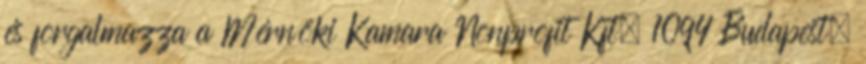
és forgalmazza a Mérnöki Kamara Nonprofit Kft. 1094 Budapest,